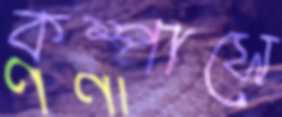
কম্পাসে